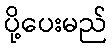
ပို့ပေးမည်